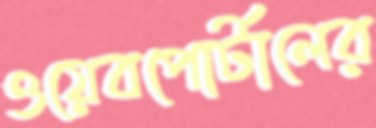
ওয়েবপোর্টালের